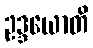
ဥဒ္ဒယောတိ